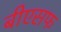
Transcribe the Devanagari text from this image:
बीएसफ